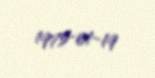
1975-01-19